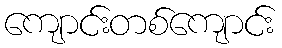
ကျောင်းတစ်ကျောင်း